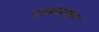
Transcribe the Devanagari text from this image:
शेत्रफडानुसार